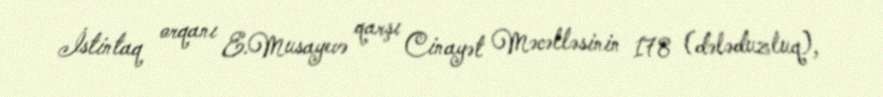
İstintaq orqanı E.Musayevə qarşı Cinayət Məcəlləsinin 178 (dələduzluq),